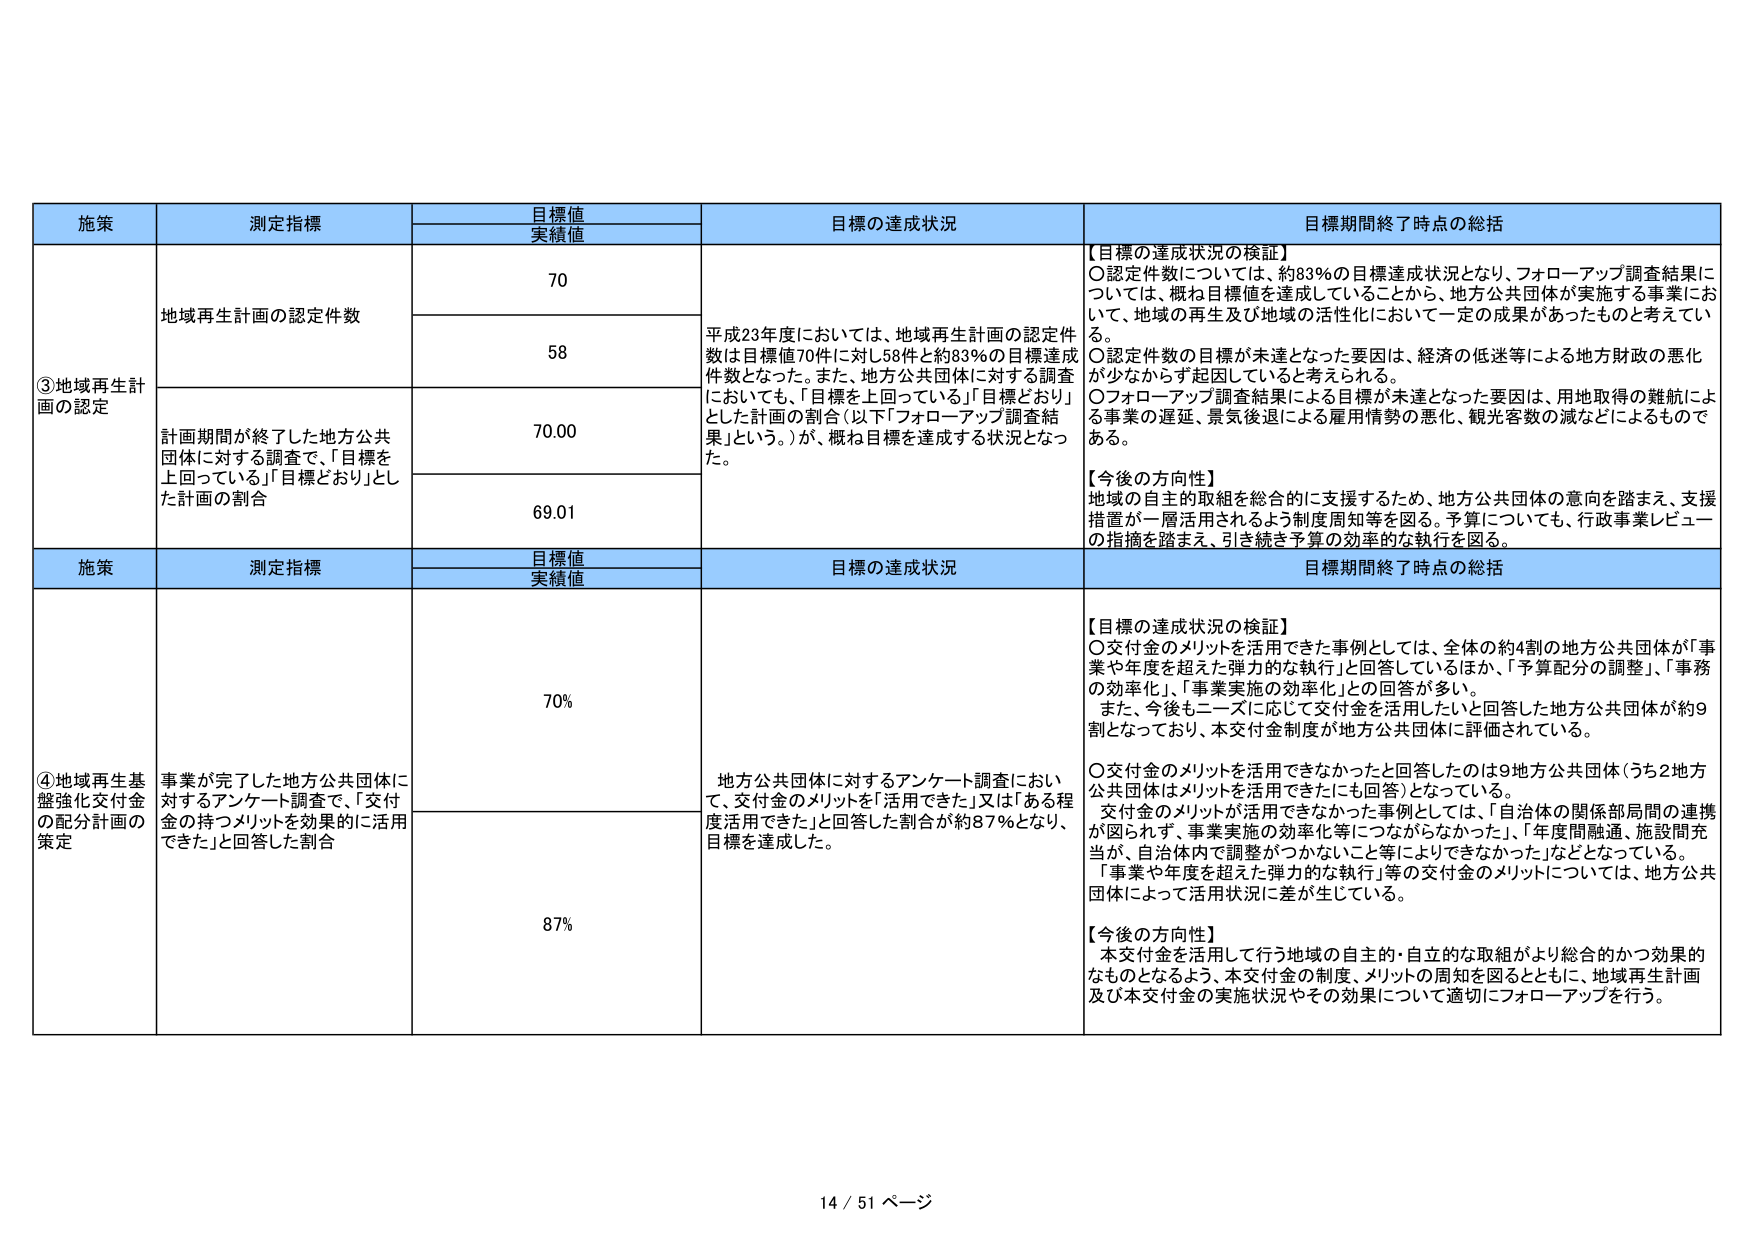
施策 測定指標 目標値 実績値 目標の達成状況 目標期間終了時点の総括
③地域再生計画の認定 地域再生計画の認定件数 70 平成23年度においては、地域再生計画の認定件数は目標値70件に対し58件と約83％の目標達成件数となった。また、地方公共団体に対する調査においても、「目標を上回っている」「目標どおり」とした計画の割合（以下「フォローアップ調査結果」という。）が、概ね目標を達成する状況となった。 【目標の達成状況の検証】 ○認定件数については、約83％の目標達成状況となり、フォローアップ調査結果については、概ね目標値を達成していることから、地方公共団体が実施する事業において、地域の再生及び地域の活性化において一定の成果があったものと考えている。 ○認定件数の目標が未達となった要因は、経済の低迷等による地方財政の悪化が少なからず起因していると考えられる。 ○フォローアップ調査結果による目標が未達となった要因は、用地取得の難航による事業の遅延、景気後退による雇用情勢の悪化、観光客数の減などによるものである。 【今後の方向性】 地域の自主的取組を総合的に支援するため、地方公共団体の意向を踏まえ、支援措置が一層活用されるよう制度周知等を図る。予算についても、行政事業レビューの指摘を踏まえ、引き続き予算の効率的な執行を図る。
58 計画期間が終了した地方公共団体に対する調査で、「目標を上回っている」「目標どおり」とした計画の割合 70.00 69.01
施策 測定指標 目標値 実績値 目標の達成状況 目標期間終了時点の総括
④地域再生基盤強化交付金の配分計画の策定 事業が完了した地方公共団体に対するアンケート調査で、「交付金の持つメリットを効果的に活用できた」と回答した割合 70% 地方公共団体に対するアンケート調査において、交付金のメリットを「活用できた」又は「ある程度活用できた」と回答した割合が約87％となり、目標を達成した。 【目標の達成状況の検証】 ○交付金のメリットを活用できた事例としては、全体の約4割の地方公共団体が「事業や年度を超えた弾力的な執行」と回答しているほか、「予算配分の調整」、「事務の効率化」、「事業実施の効率化」との回答が多い。 また、今後もニーズに応じて交付金を活用したいと回答した地方公共団体が約9割となっており、本交付金制度が地方公共団体に評価されている。 ○交付金のメリットを活用できなかったと回答したのは9地方公共団体（うち2地方公共団体はメリットを活用できたにも回答）となっている。 交付金のメリットが活用できなかった事例としては、「自治体の関係部局間の連携が図られず、事業実施の効率化等につながらなかった」、「年度間融通、施設間充当が、自治体内で調整がつかないこと等によりできなかった」などとなっている。 「事業や年度を超えた弾力的な執行」等の交付金のメリットについては、地方公共団体によって活用状況に差が生じている。 【今後の方向性】 本交付金を活用して行う地域の自主的・自立的な取組がより総合的かつ効果的なものとなるよう、本交付金の制度、メリットの周知を図るとともに、地域再生計画及び本交付金の実施状況やその効果について適切にフォローアップを行う。
87%
14 / 51 ページ